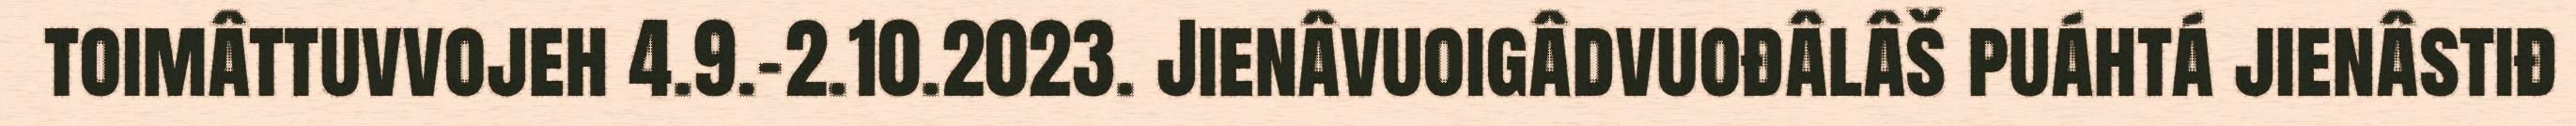
toimâttuvvojeh 4.9.-2.10.2023. Jienâvuoigâdvuođâlâš puáhtá jienâstiđ